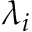
\lambda _ { i }